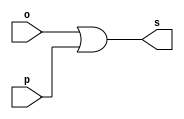
// ----------------
// Exemplo0015 - OR com 4 entradas usando outros mdulos
// Nome: Josemar Alves Caetano
// Matrcula: 448662
// Data: 03/08/2012
// ----------------

// ----------------
// -- or gate 
// ----------------
module orgate(output s, input o, input p);
 assign s = (o | p);
endmodule

// ----------------
// -- test orgate
// ----------------
module testorgate;

// ---------------- Dados locais
 reg a, b, c, d; //Definir registradores
 wire s, t, u; //Definir conexes (fios)

// ---------------- Instncia 
 orgate OR1(s, a , b); 
 orgate OR2(t, c, d);
 orgate OR3(u, s, t); //Porta da disjuno final

// ---------------- Preparao
 initial begin: start
  a = 0; b = 0; c = 0; d = 0;
 end

// ---------------- Parte principal
 initial begin: main
   $display("Exemplo0015 - Josemar Alves Caetano - 448662");
	$display("Teste OR gate usando outros mdulos.");
	$display("\t(a | b) = s e (c | d) = t => (s | t) = u\n");
	
	$monitor("\t(%b | %b) = %b e (%b | %b) = %b => (%b | %b) = %b",a, b, s, c, d, t, s, t, u);
  #1 a = 0; b = 0; c = 0; d = 1;
  #1 a = 0; b = 0; c = 1; d = 0;
  #1 a = 0; b = 0; c = 1; d = 1;
  #1 a = 0; b = 1; c = 0; d = 0;
  #1 a = 0; b = 1; c = 0; d = 1;
  #1 a = 0; b = 1; c = 1; d = 0;
  #1 a = 0; b = 1; c = 1; d = 1;
  #1 a = 1; b = 0; c = 0; d = 0;
  #1 a = 1; b = 0; c = 0; d = 1;
  #1 a = 1; b = 0; c = 1; d = 0;
  #1 a = 1; b = 0; c = 1; d = 1;
  #1 a = 1; b = 1; c = 0; d = 0;
  #1 a = 1; b = 1; c = 0; d = 1;
  #1 a = 1; b = 1; c = 1; d = 0;
  #1 a = 1; b = 1; c = 1; d = 1;
 
 end //main

endmodule //testorgate